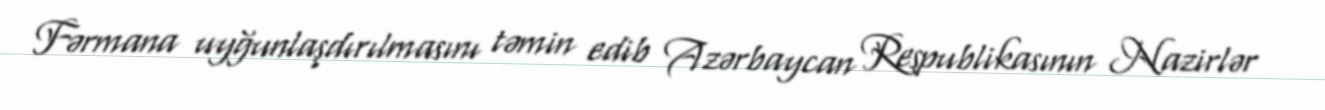
Fərmana uyğunlaşdırılmasını təmin edib Azərbaycan Respublikasının Nazirlər